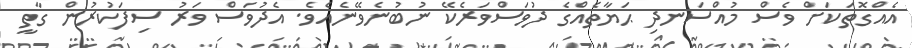
އެއްގޮތަކަށް ވެސް މުއްސަނދި ޙަޔާތެއްގެ ދުވަސްވަރެކޭ ނުބުނެވޭނެއެވެ. އެދުވަސް ވަރު ސިފަކުރުން ގާތީ